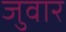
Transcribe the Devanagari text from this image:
जुवार